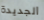
الجديدة